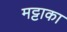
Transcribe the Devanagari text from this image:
मट्टाका